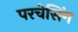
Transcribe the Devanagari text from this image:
परचेसिंग